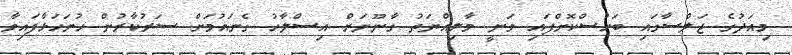
މިއަދުގެ ޖަލްސާގައި ބަހުސްކޮށްފައި ވަނީ މާލިއްޔަތު ގާނޫނަށް އިސްލާހު ގެނައުމަށް ސަރުކާރުން ހުށަހަޅާފައިވާ